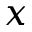
x